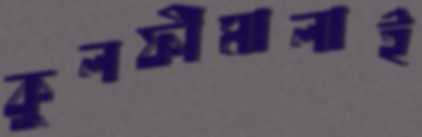
কুলফীমালাই